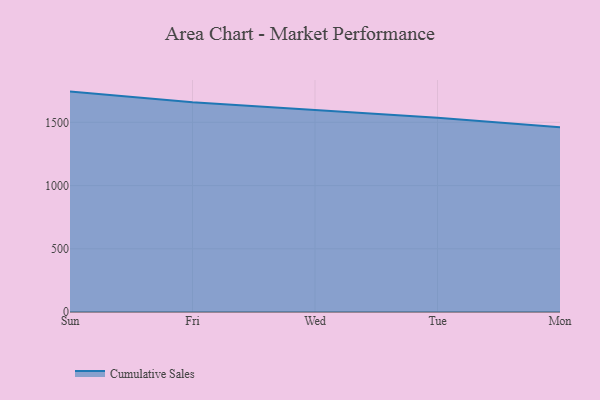
{"axis": {"x": "Day", "y": "Production Output"}, "legend": ["Cumulative Sales"], "data": [{"x": "Sun", "y": 1742.9, "type": "Cumulative Sales"}, {"x": "Fri", "y": 1659.3, "type": "Cumulative Sales"}, {"x": "Wed", "y": 1598.2, "type": "Cumulative Sales"}, {"x": "Tue", "y": 1536.5, "type": "Cumulative Sales"}, {"x": "Mon", "y": 1461.6, "type": "Cumulative Sales"}]}